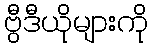
ဗွီဒီယိုများကို